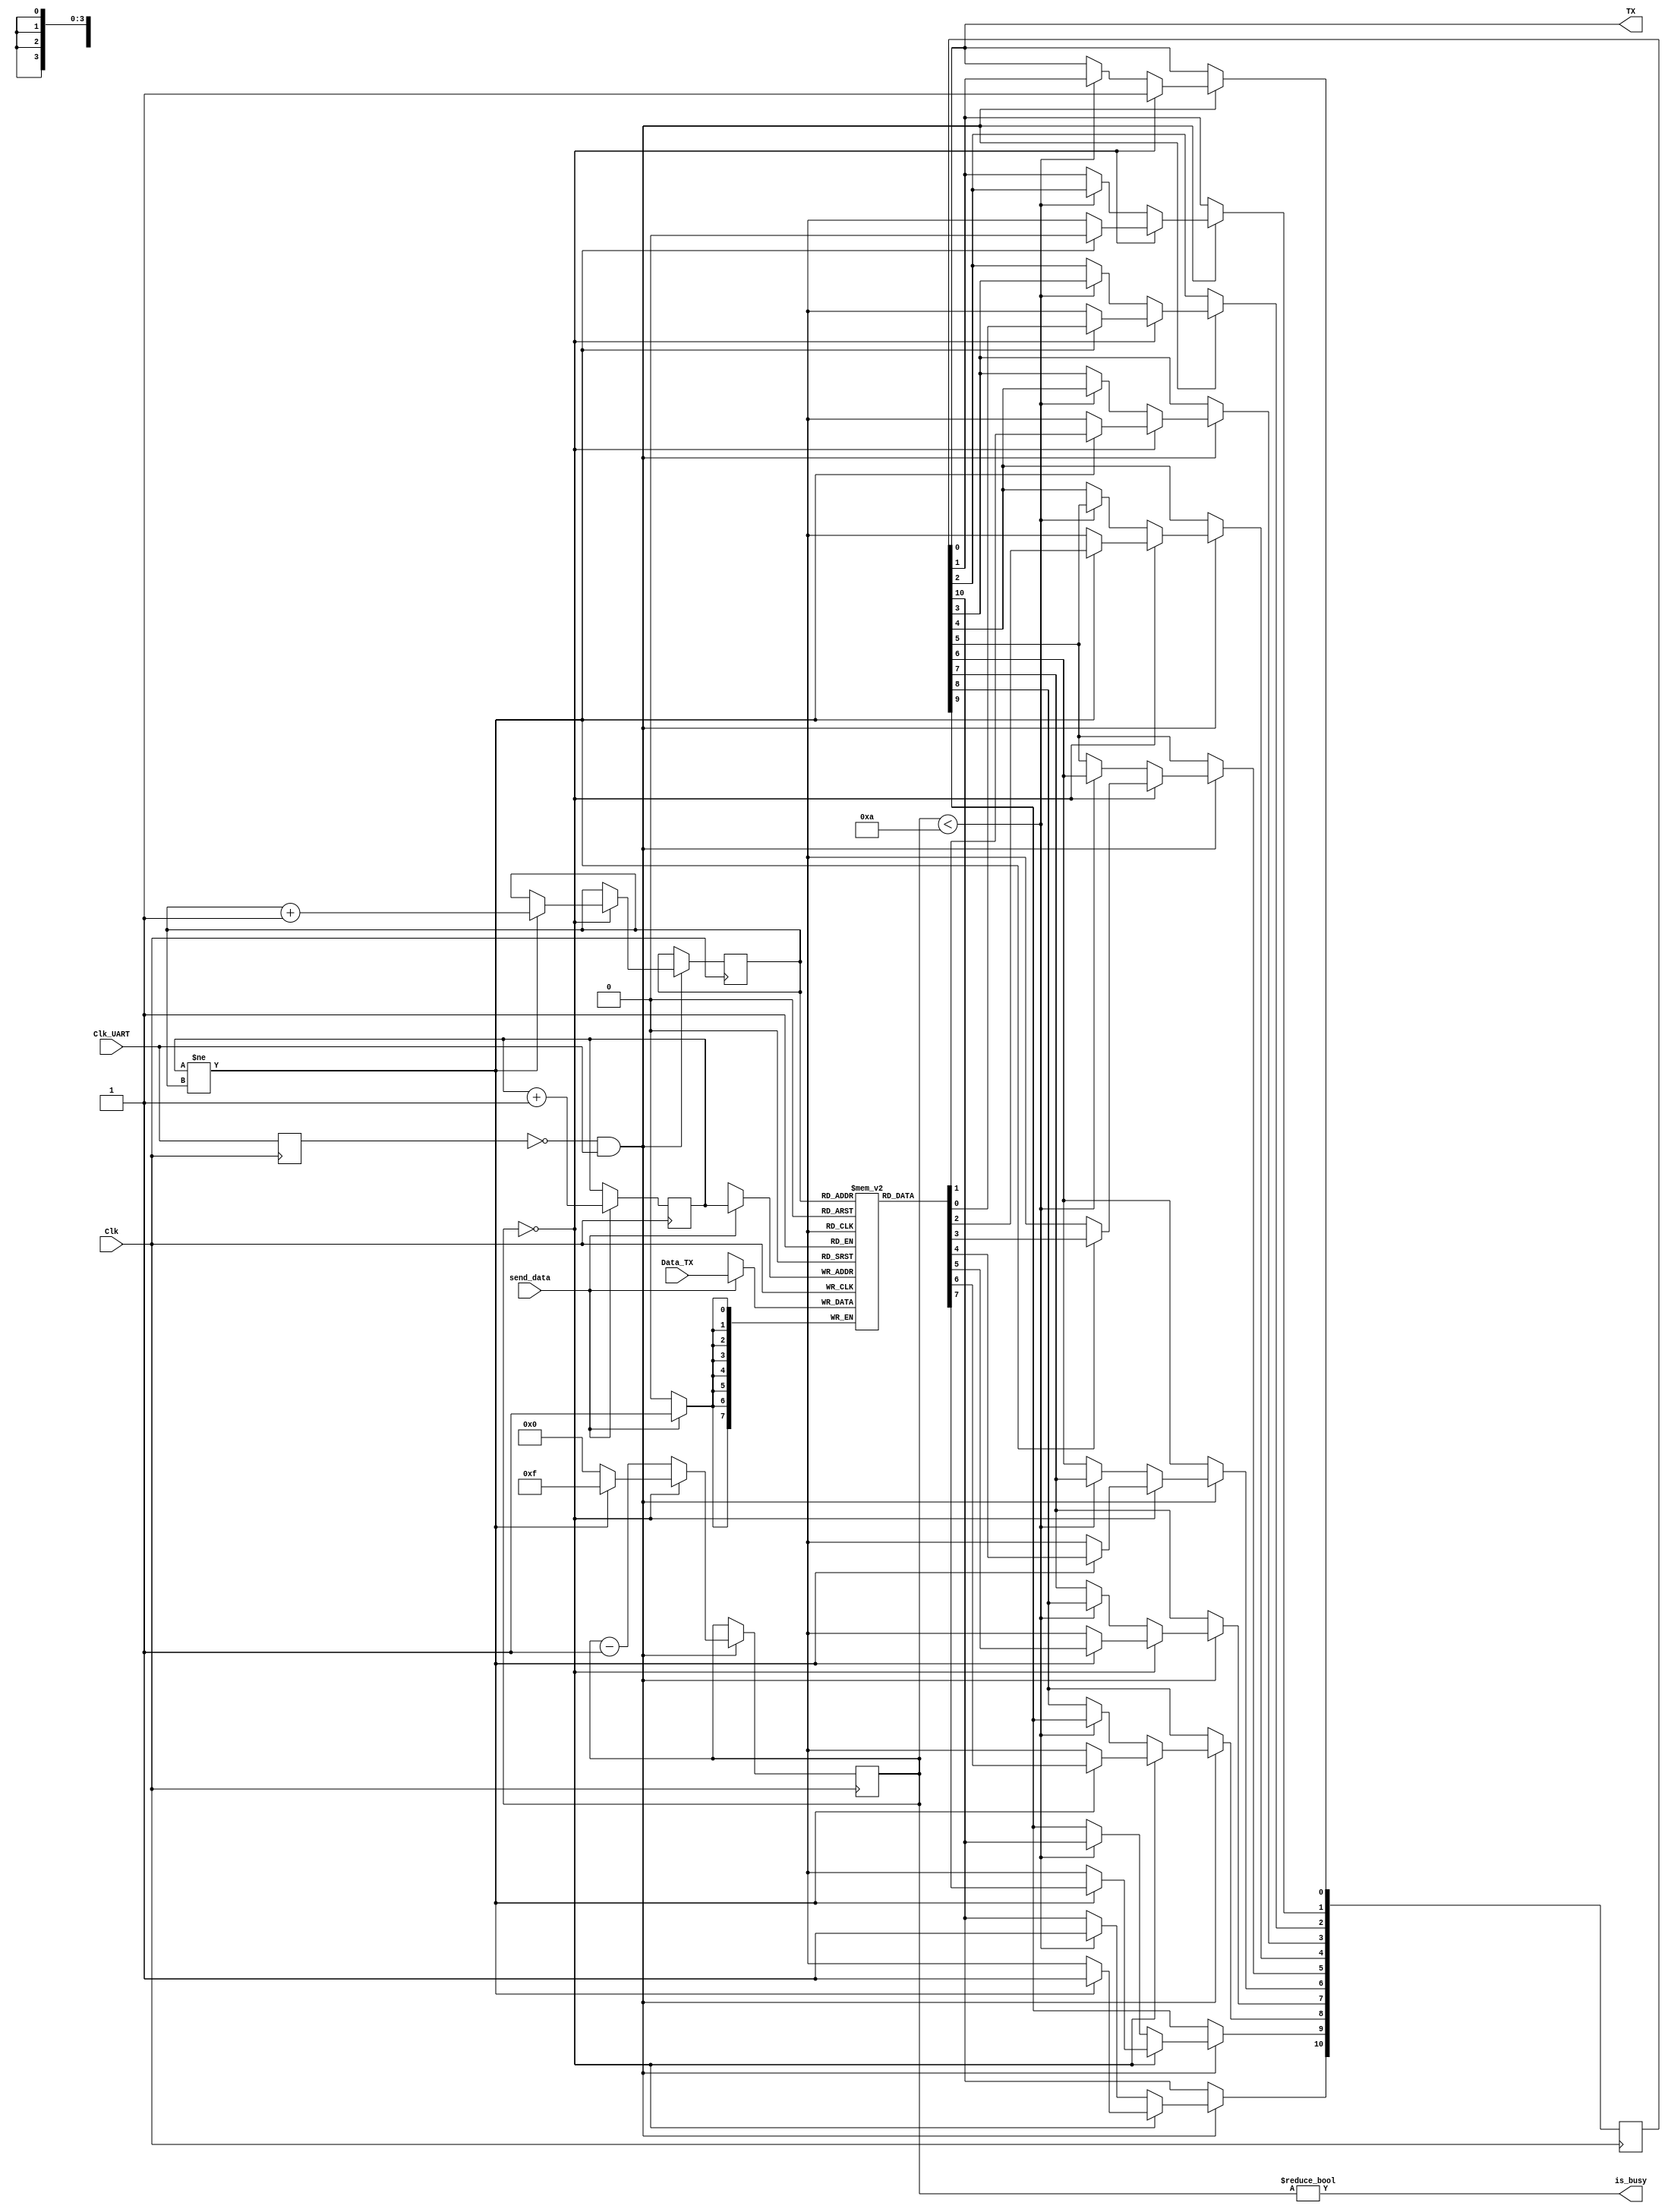
//Description: A buffered UART transmitter.

module UART_TX(
	input Clk,
	input Clk_UART,
	input send_data,
	input [7:0] Data_TX,
	output is_busy,
	output TX
    );

	reg [10:0] send_buffer;
	reg [3:0] state;

	reg [7:0] fifo[0:15];
	reg [3:0] ptr_head;
	reg [3:0] ptr_tail;

	initial begin
	$dumpfile("waves.vcd");
	$dumpvars();
	send_buffer = 11'b1111111111;
	state = 4'b0;
	ptr_head = 4'b0;
	ptr_tail = 4'b0;
	end
	
	assign TX = send_buffer[0];
	assign is_busy = (state != 4'b0);
	reg last_clk;

	always @(posedge Clk) begin
		if (send_data)
			begin
				ptr_head <= ptr_head + 4'b1;	//Don't need to worry about modulo as it's 4-bit already...
				fifo[ptr_head] <= Data_TX;
			end
		last_clk <= Clk_UART;

		if (last_clk == 1'b0 && Clk_UART == 1'b1) begin
			if (state == 4'd0)
				begin
					if (ptr_head != ptr_tail)
					begin
						$strobe ("UART TX sending 0x%0h", fifo[ptr_tail]);
						send_buffer[10] <= 1'b1;			//Stop Bit
						send_buffer[9:2] <= fifo[ptr_tail];	//Data Bits
						send_buffer[1] <= 1'b0;				//Start Bit
						send_buffer[0] <= 1'b1;				//Start Bit
						state <= 4'd15;
						ptr_tail <= ptr_tail + 4'b1;
					end
					else
					begin
						state <= 4'b0;
						send_buffer <= 11'bxxxxxxxxxx1;
					end
				end
				else
				begin
					if (state < 4'd10)
						begin
							send_buffer[10] <= 1'b1;
							send_buffer[9] <= send_buffer[10];
							send_buffer[8] <= send_buffer[9];
							send_buffer[7] <= send_buffer[8];
							send_buffer[6] <= send_buffer[7];
							send_buffer[5] <= send_buffer[6];
							send_buffer[4] <= send_buffer[5];
							send_buffer[3] <= send_buffer[4];
							send_buffer[2] <= send_buffer[3];
							send_buffer[1] <= send_buffer[2];
							send_buffer[0] <= send_buffer[1];
						end
					state <= state - 4'b1;
				end
			end
		end 
	 
endmodule